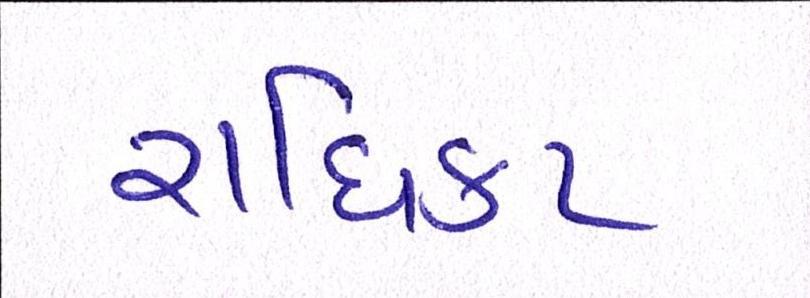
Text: રાધિકા